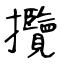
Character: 攬